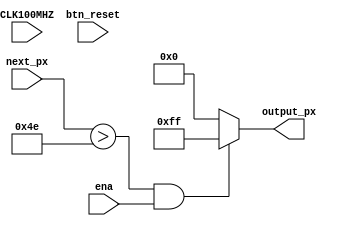
`timescale 1ns / 1ps
//////////////////////////////////////////////////////////////////////////////////
// UNIVERSITY OF CAPE TOWN
//
// 
// Design Name: LEIA
// Module Name: Threshold_Binarization

// Target Devices: Nexys-A7-100T 
// Tool Versions: Vivado WebPack 2018
// Description: 
// 
// Provides threshold binarisation on input and produces a binary output image.
//
// Revision: 1.0 - Final Version
//////////////////////////////////////////////////////////////////////////////////


module Threshold_Binarization
    (
        input CLK100MHZ,		//input clock
        input [7:0] next_px,	//input px
        input btn_reset,		//reset line
        input ena,				//reset line
        output [7:0]output_px	//output px (255 represents 1 and 0 represents 0)
    );
    
    parameter[7:0] THRESHOLD = 8'd78; //threshold value    
    assign output_px = ((next_px > THRESHOLD) && ena ? 255: 0);

endmodule